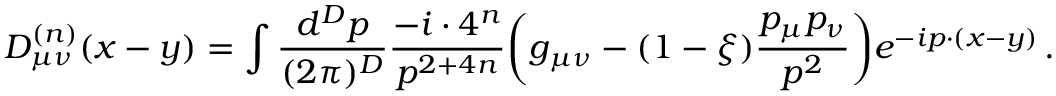
D _ { \mu \nu } ^ { ( n ) } ( x - y ) = \int \frac { d ^ { D } p } { ( 2 \pi ) ^ { D } } \frac { - i \cdot 4 ^ { n } } { p ^ { 2 + 4 n } } \bigg ( g _ { \mu \nu } - ( 1 - \xi ) \frac { p _ { \mu } p _ { \nu } } { p ^ { 2 } } \bigg ) e ^ { - i p \cdot ( x - y ) } \, .